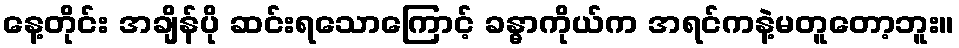
နေ့တိုင်း အချိန်ပို ဆင်းရသောကြောင့် ခန္ဓာကိုယ်က အရင်ကနဲ့မတူတော့ဘူး။